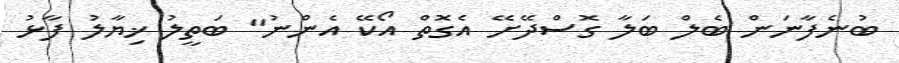
ބުނެފާނަން ބެލް ބަލާ ގޮސްދޭށޭ އެގޮތް އޯކޭ އެންނު" ބަތީލު ޚިޔާލު ފާޅު